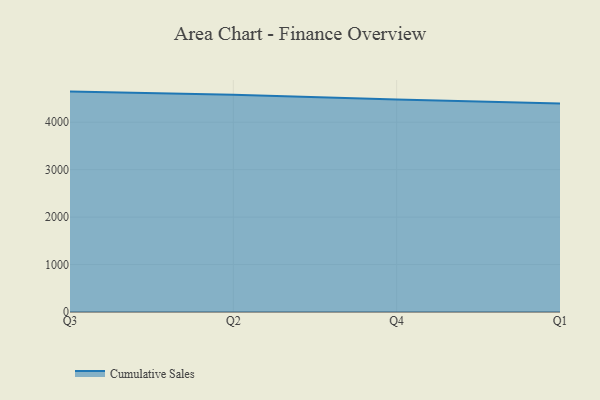
{"axis": {"x": "Quarter", "y": "Conversion Rate (%)"}, "legend": ["Cumulative Sales"], "data": [{"x": "Q3", "y": 4645.7, "type": "Cumulative Sales"}, {"x": "Q2", "y": 4581.8, "type": "Cumulative Sales"}, {"x": "Q4", "y": 4479.6, "type": "Cumulative Sales"}, {"x": "Q1", "y": 4393.8, "type": "Cumulative Sales"}]}